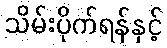
သိမ်းပိုက်ရန်နှင့်